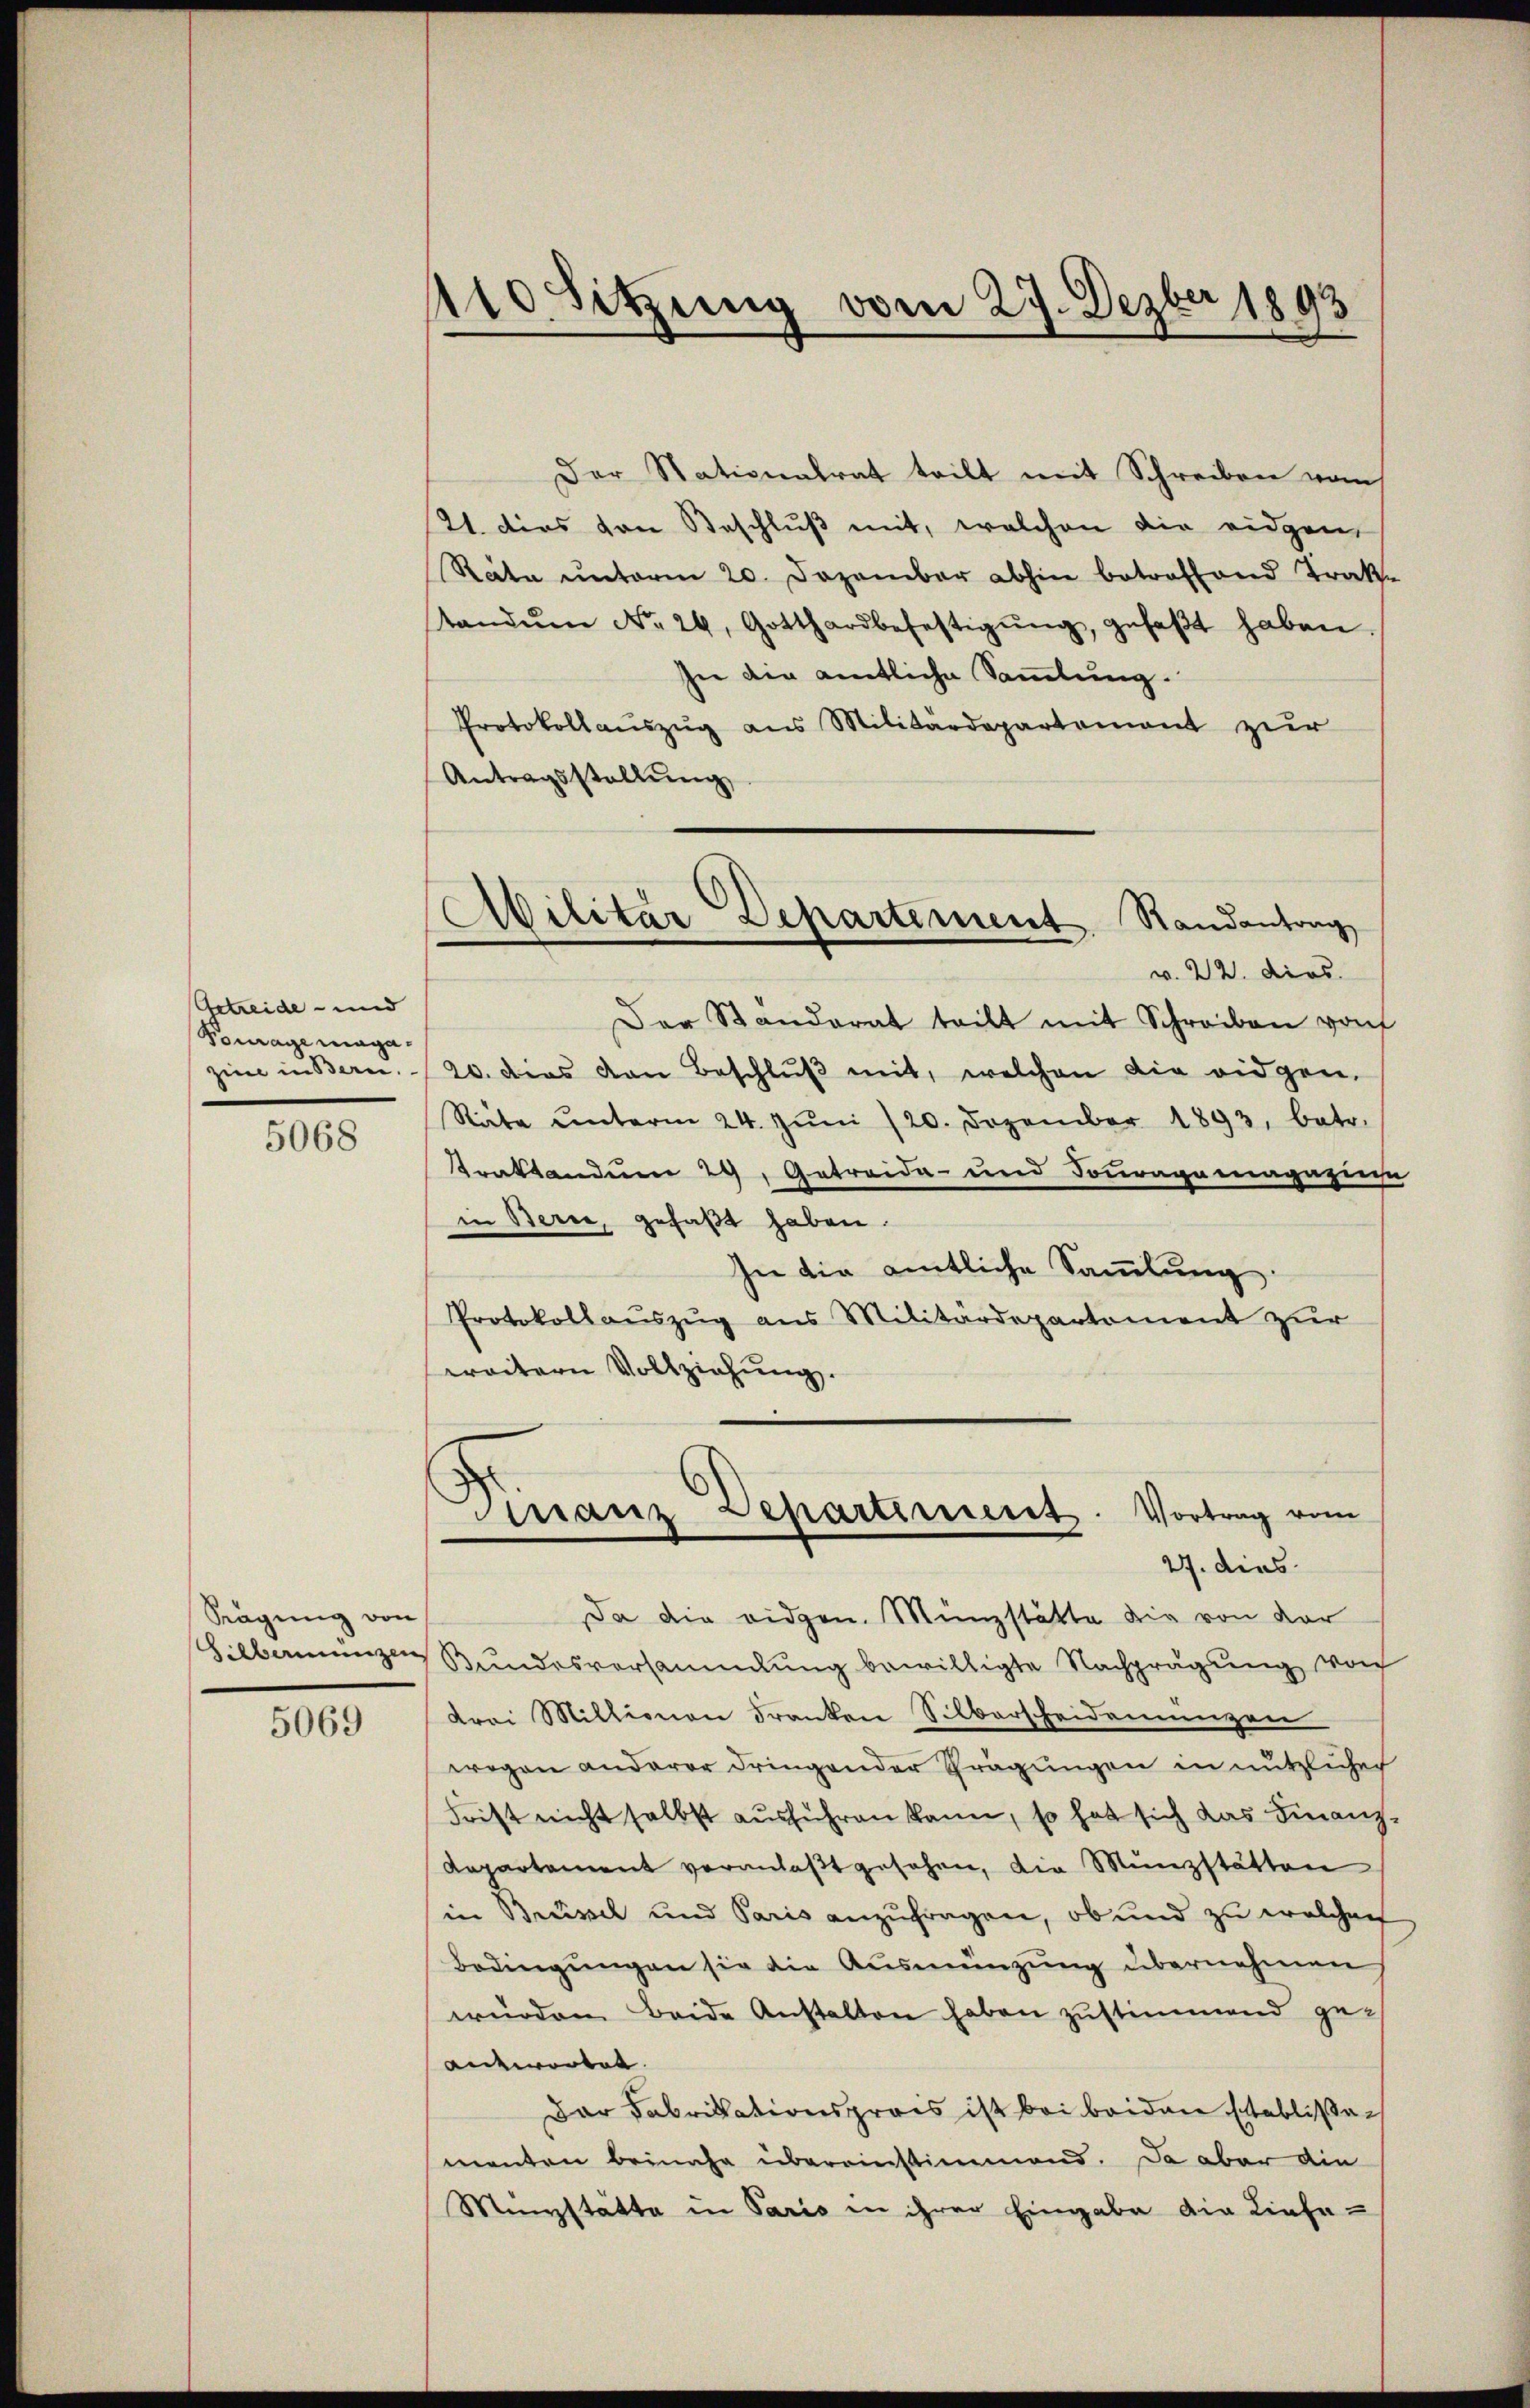
Artreide - und
Fourage maga.

5068

Sägung von

5069

410 Sitzung vom 27. Dezber 1893

Der Stationalrat teilt mit Schreiben vom
21. dies von Beschluß mit, welchen die eidgen
Räte ŭnterm 20. Dezember abhin betreffend Trak-
tandŭm No. 24, Gotthardbefestigŭng, gefaβt haben.
see die amtliche Sammlung.
Protokollauszug aus Militärdepartement zur
Antragsstellung
Der Standerat teilt mit Schreiben von
zine in Bern. 20. dies von Beschlŭβ mit, welchen die eidgen.
Räte ŭnterm 24. Jŭni /20. Dezember 1893, betr.
Traktandum 29. Getreide- und Fouragamagazinst
in Berne, gefaßt haben.
In die amtliche Sammlung.
Protokollauszug aus Militärdepartement zur
weitern Vollziehung.
Finanz Departiment. Vortrag vom
27. dies
Da die eidgen. Münzstätte die von der
Silbernenzen Bundesversammlung bewilligte Nachprägung von
drei Millionen Franken Silberscheidemungen
wegen anderer dringender Prägungen in nützlicher
Frist nicht selbst ausführen kann, so hat sich das Finanz-
Departament veranlaßt gesehen, die Münzstätten
in Brüssel und Paris anzufragen, ob und zu welchen
Bedingungen sie die Ausmünzung übernehmen
würden Beide Anstalten haben zustimmend geantwortet. |
Der Fabrikationspreis ist bei beiden Etablissen
menten beinahe übereinstimmend. Da aber die
Minystätte in Paris in ihrer Eingabe die Liefe¬

Abilitar Departement. Randantrag
v. 22. dies